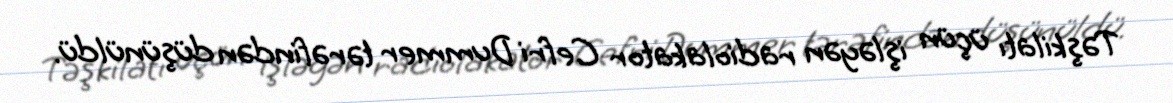
Təşkilatı üçün işləyən radiolakator Cefri Dummer tərəfindən düşünüldü.